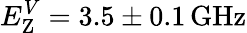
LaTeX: E_{\textrm{Z}}^{V}=3.5\pm 0.1\, \mathrm{GH\mathrm{z}}